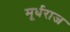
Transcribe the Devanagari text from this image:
मूर्धराज